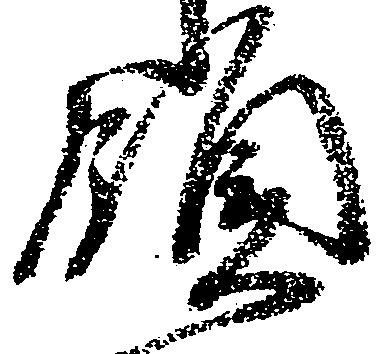
領